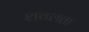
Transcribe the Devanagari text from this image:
शवलता